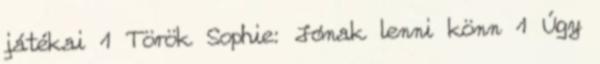
játékai 1 Török Sophie: Jónak lenni könn 1 Úgy